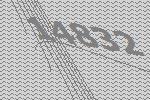
14832